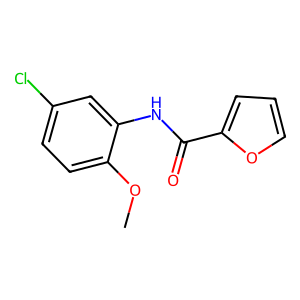
SMILES: COc1ccc(Cl)cc1NC(=O)c1ccco1
Inhibits HIV replication: No